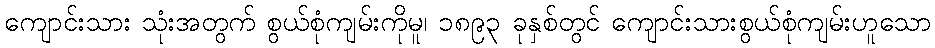
ကျောင်းသား သုံးအတွက် စွယ်စုံကျမ်းကိုမူ၊ ၁၈၉၃ ခုနှစ်တွင် ကျောင်းသားစွယ်စုံကျမ်းဟူသော